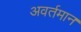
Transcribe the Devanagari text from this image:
अवर्तमान